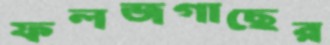
ফলজগাছের